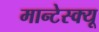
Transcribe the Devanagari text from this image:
मान्टेस्क्यू